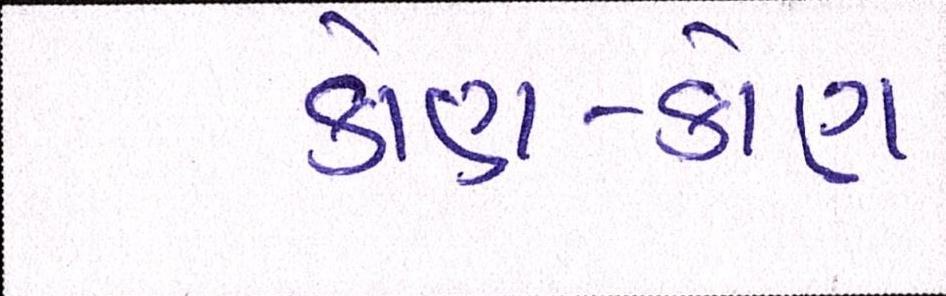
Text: કોણ-કોણ